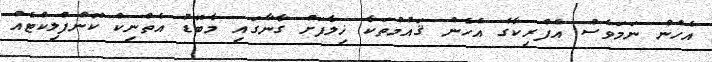
އެހެން ނަމަވެސް އެފްރިކާގެ އެހެން ޤައުމުތަކާ ޚިލާފަށް ގާނާގައި މާބޮޑު އެތްނިކް ކޮންފްލިކްޓެއް